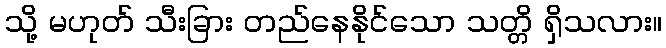
သို့ မဟုတ် သီးခြား တည်နေနိုင်သော သတ္တိ ရှိသလား။